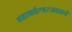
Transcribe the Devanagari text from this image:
महाबळेश्वरजवळचे